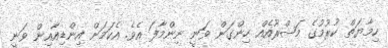
ހިމާޔަތް ކުރުމުގެ މަޝްރޫއެއް ހިންގަން ވަނީ ނިންމާފަ އެވެ. އެކަމަށް އިންޑިއާއިން ވަނީ